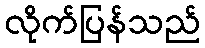
လိုက်ပြန်သည်